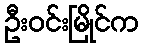
ဦးဝင်းမြိုင်က